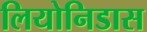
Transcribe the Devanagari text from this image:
लियोनिडास